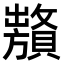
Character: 𧸞